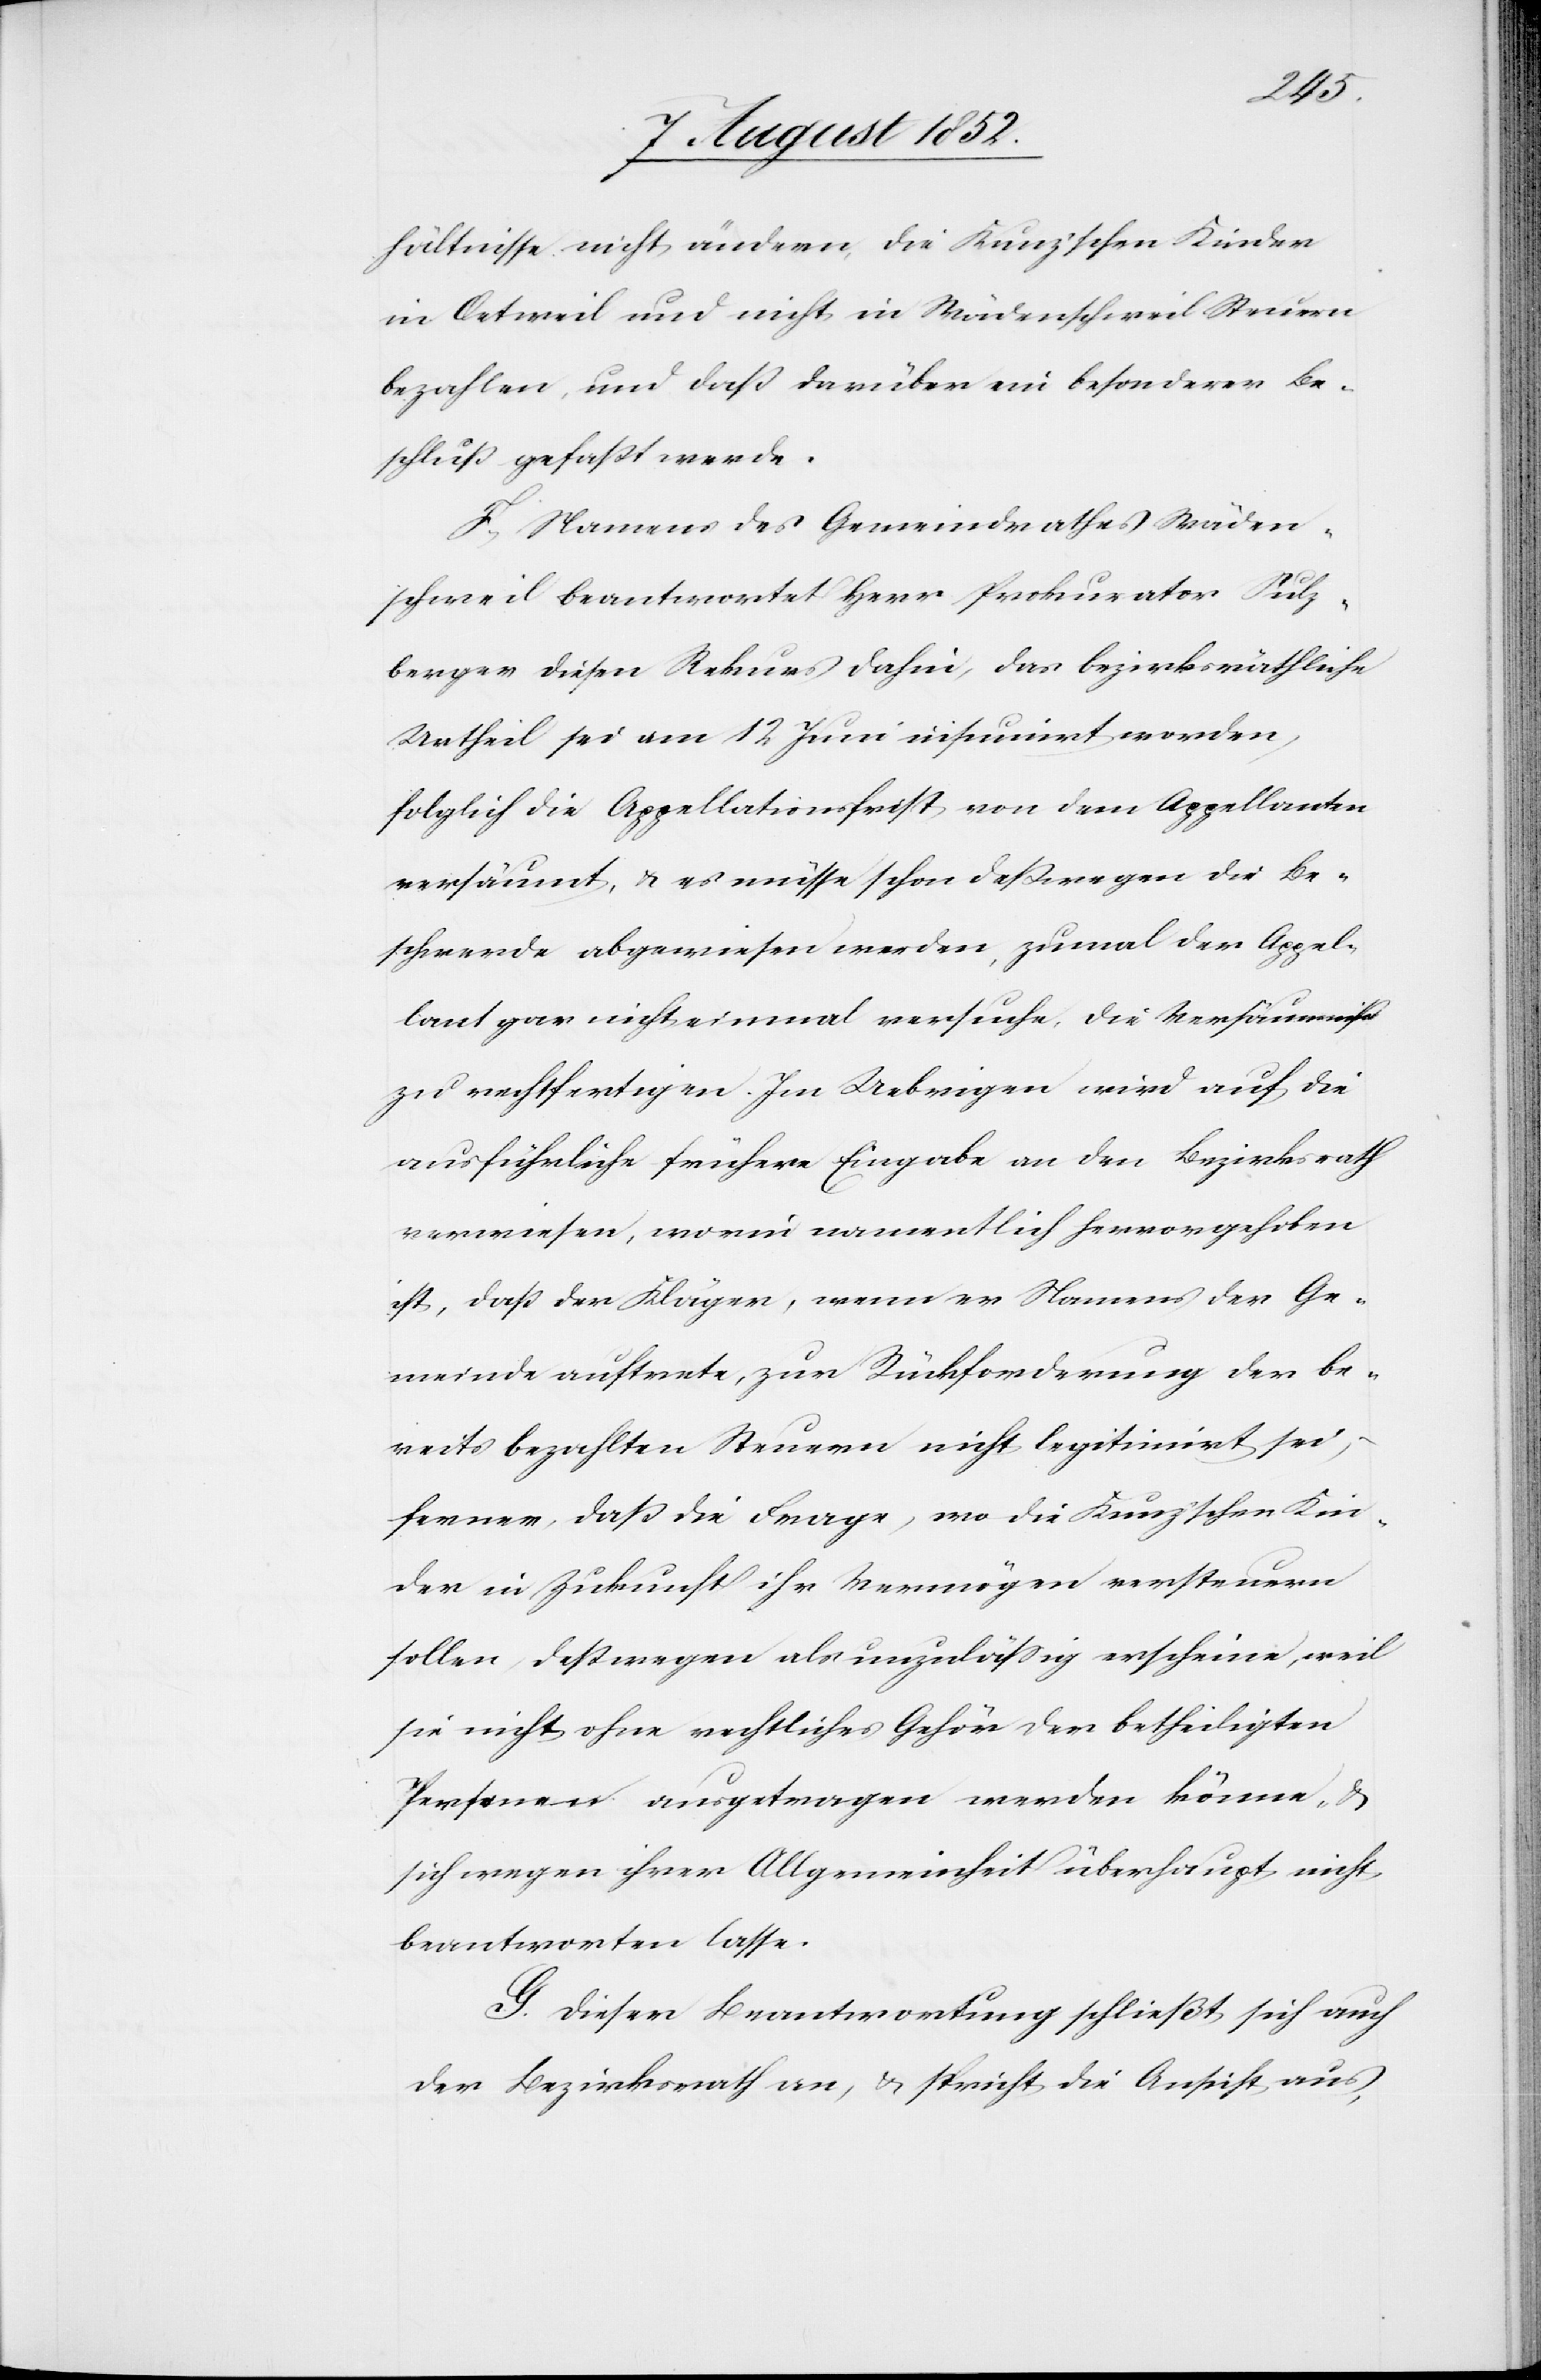
hältnisse nicht ändern, die Kunz’schen Kinder
in Oetweil und nicht in Wädenschweil Steuern
bezahlen, und daß darüber ein besonderer Be¬
schluß gefaßt werde.
F, Namens des Gemeindrathes Wäden¬
schweil beantwortet Herr Prokurator Sulz¬
berger diesen Rekurs dahin, das bezirksräthliche
Urtheil sei am 12 Juni insinuirt worden,
folglich die Appellationsfrist von dem Appellanten
versäumt, & es müsse schon deßwegen die Be¬
schwerde abgewiesen werden, zumal der Appel¬
lant gar nicht einmal versuche, die Versäumniß
zu rechtfertigen. Im Uebrigen wird auf die
ausführliche frühere Eingabe an den Bezirksrath
verwiesen, worin namentlich hervorgehoben
ist, daß der Kläger, wenn er Namens der Ge¬
meinde auftrete, zur Rückforderung der be¬
reits bezahlten Steuern nicht legitimirt sei,
ferner, daß die Frage, wo die Kunz’schen Kin¬
der in Zukunft ihr Vermögen versteuern
sollen, deßwegen als unzulässig erscheine, weil
sie nicht ohne rechtliches Gehör der betheiligten
Personen ausgetragen werden könne, &
sich wegen ihrer Allgemeinheit überhaupt nicht
beantworten lasse.
G. Dieser Beantwortung schließt sich auch
der Bezirksrath an, & spricht die Ansicht aus,